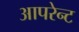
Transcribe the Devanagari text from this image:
आपरेन्ट